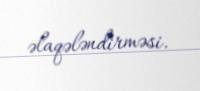
əlaqələndirməsi.